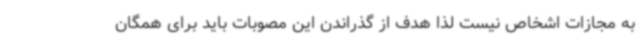
به مجازات اشخاص نیست لذا هدف از گذراندن این مصوبات باید برای همگان